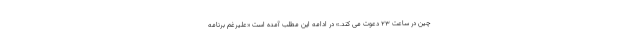
چین در ساعت ۲۳ دعوت می کند.» در ادامه این مطلب آمده است «علیرغم برنامه